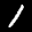
Label: 1